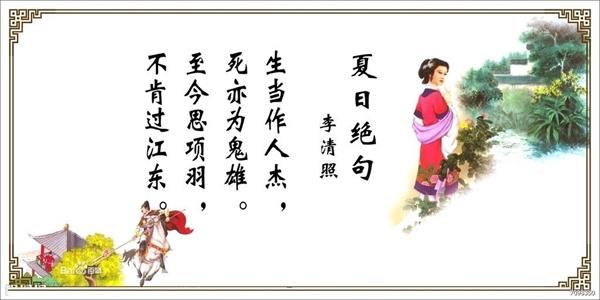
江东子弟多才俊，卷土重来未可知。